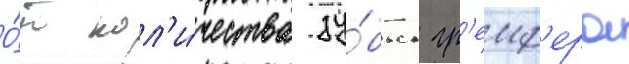
О́т кол'и́чества зу́бьев гр'еиф'ера